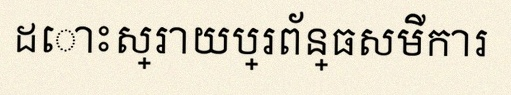
ដោះស្រាយប្រព័ន្ធសមីការ